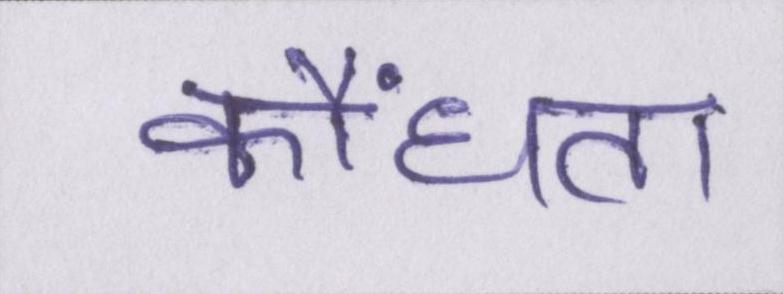
कौंधता